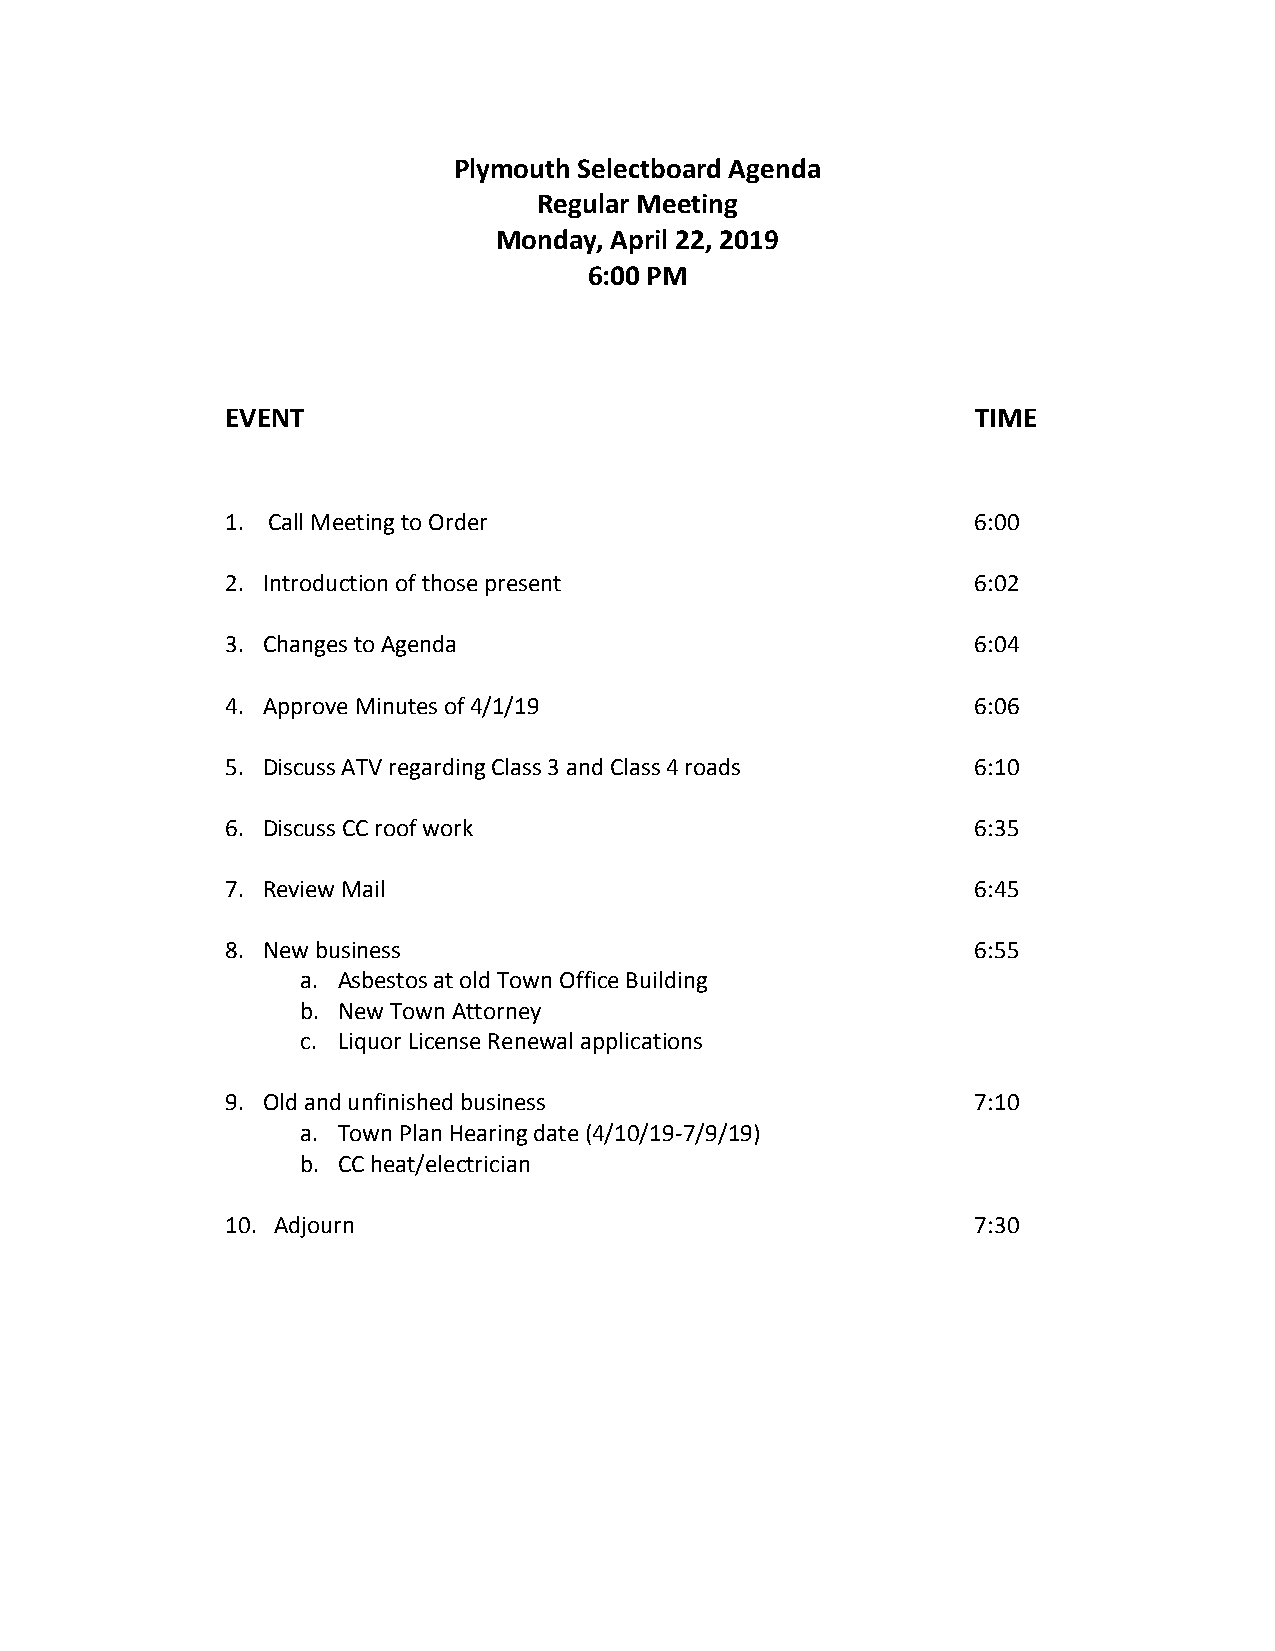
Plymouth Selectboard Agenda
 Regular Meeting
 Monday, April 22, 2019
 6:00 PM
 EVENT                                             TIME
 1. Call Meeting to Order                          6:00
 2. Introduction of those present                  6:02
 3. Changes to Agenda                              6:04
 4. Approve Minutes of 4/1/19                      6:06
 5. Discuss ATV regarding Class 3 and Class 4 roads 6:10
 6. Discuss CC roof work                           6:35
 7. Review Mail                                    6:45
 8. New business                                   6:55
 a. Asbestos at old Town Office Building
 b. New Town Attorney
 c. Liquor License Renewal applications
 9. Old and unfinished business                    7:10
 a. Town Plan Hearing date (4/10/19-7/9/19)
 b. CC heat/electrician
 10. Adjourn                                       7:30